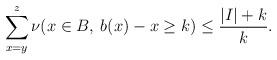
LaTeX: \begin{align*}\sum_{x=y}^{z} \nu(x \in B, \: b(x)-x \geq k) \leq \frac{|I|+k}{k}.\end{align*}